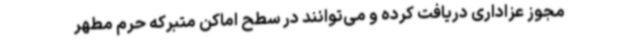
مجوز عزاداری دریافت کرده و می‌توانند در سطح اماکن متبرکه حرم مطهر